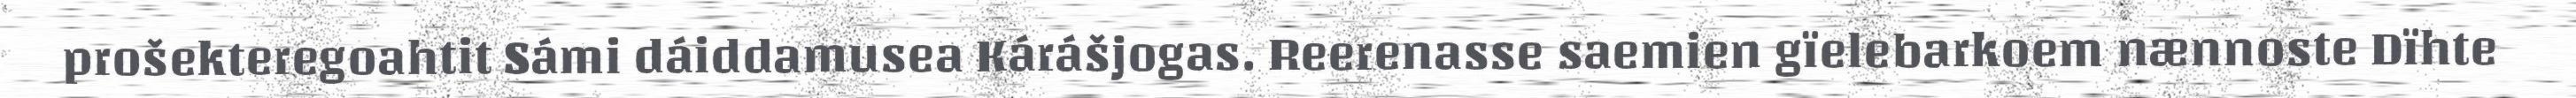
prošekteregoahtit Sámi dáiddamusea Kárášjogas. Reerenasse saemien gïelebarkoem nænnoste Dïhte